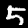
Digit: 5